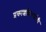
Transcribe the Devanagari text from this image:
प्रकाशकिरणांची